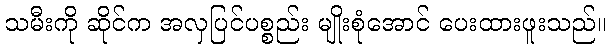
သမီးကို ဆိုင်က အလှပြင်ပစ္စည်း မျိုးစုံအောင် ပေးထားဖူးသည်။